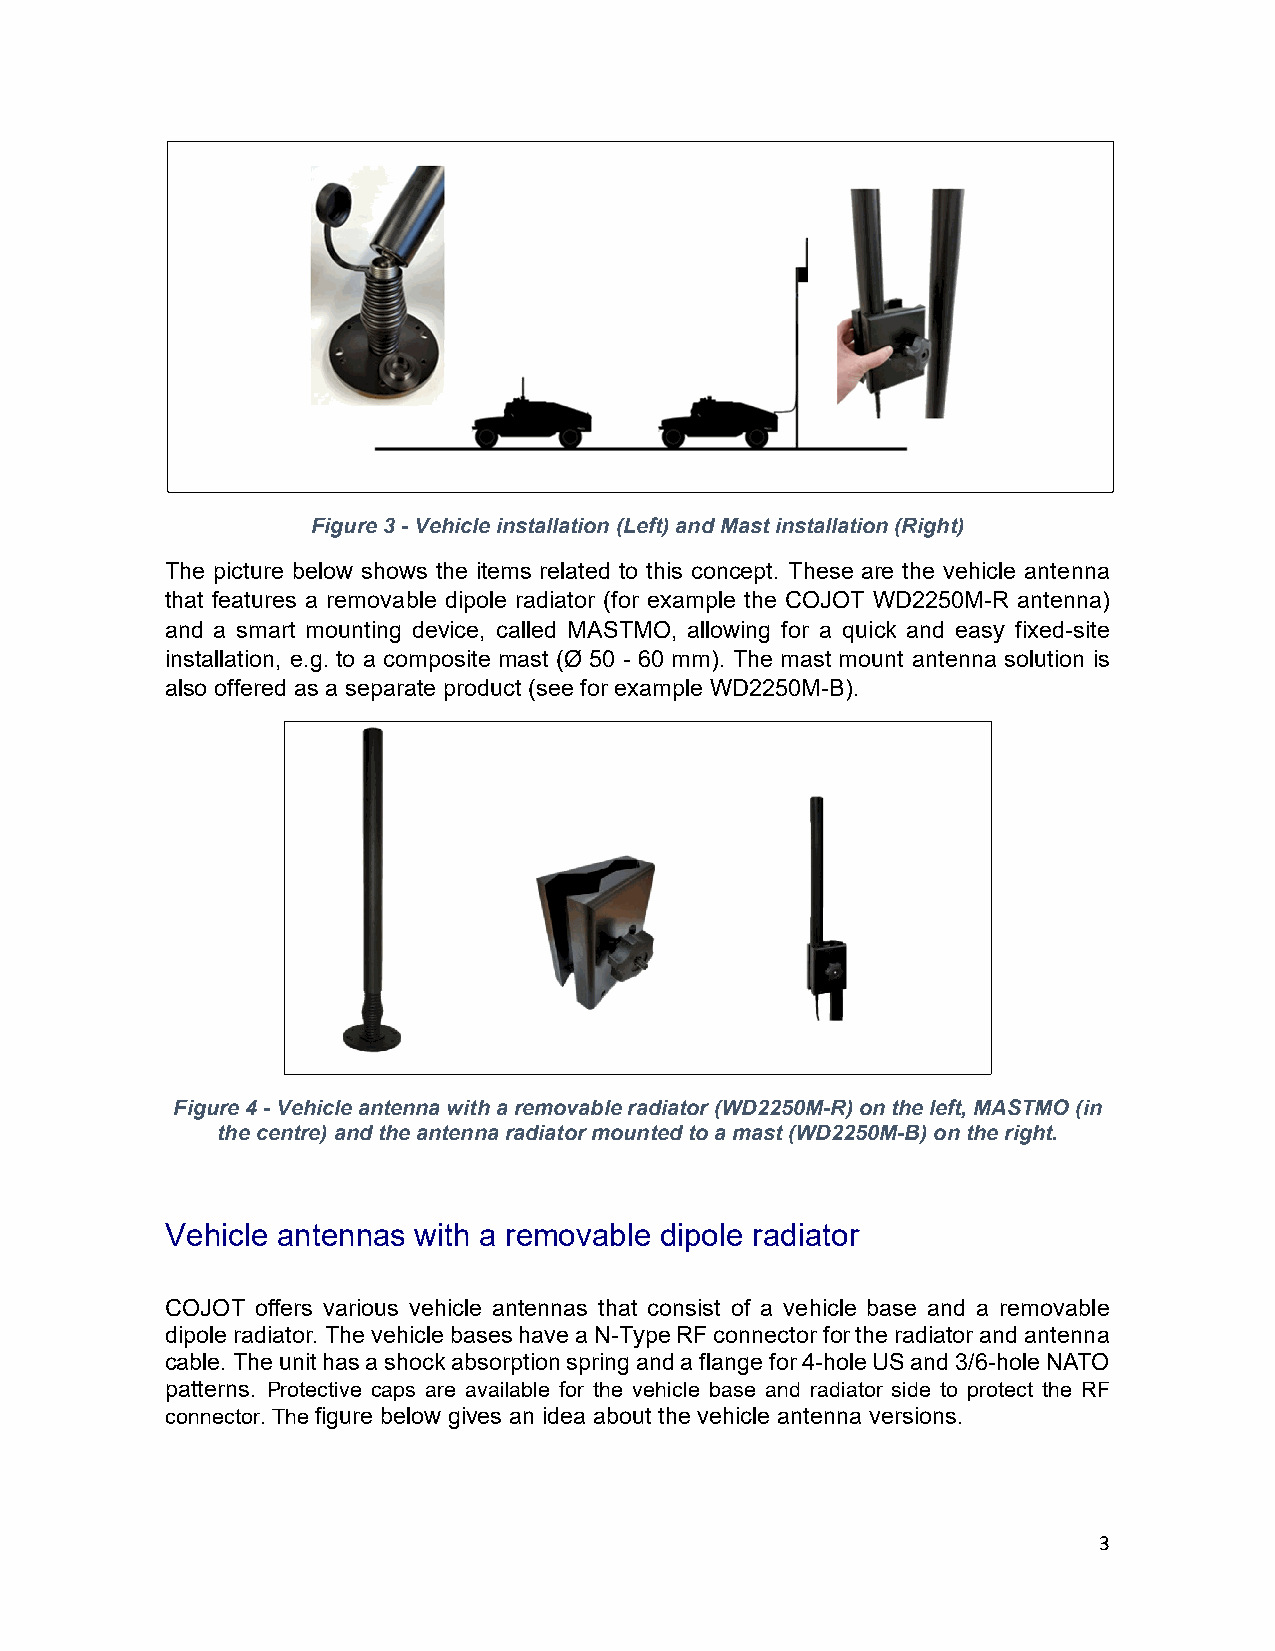
Figure 3 - Vehicle installation (Left) and Mast installation (Right)
 The picture below shows the items related to this concept. These are the vehicle antenna
 that features a removable dipole radiator (for example the COJOT WD2250M-R antenna)
 and a smart mounting device, called MASTMO, allowing for a quick and easy fixed-site
 installation, e.g. to a composite mast (Ø 50 - 60 mm). The mast mount antenna solution is
 also offered as a separate product (see for example WD2250M-B).
 Figure 4 - Vehicle antenna with a removable radiator (WD2250M-R) on the left, MASTMO (in
 the centre) and the antenna radiator mounted to a mast (WD2250M-B) on the right.
 Vehicle antennas with a removable dipole radiator
 COJOT offers various vehicle antennas that consist of a vehicle base and a removable
 dipole radiator. The vehicle bases have a N-Type RF connector for the radiator and antenna
 cable. The unit has a shock absorption spring and a flange for 4-hole US and 3/6-hole NATO
 patterns. Protective caps are available for the vehicle base and radiator side to protect the RF
 connector. The figure below gives an idea about the vehicle antenna versions.
 3